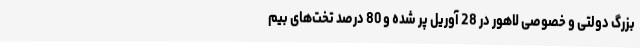
بزرگ دولتی و خصوصی لاهور در 28 آوریل پر شده و 80 درصد تخت‌های بیم